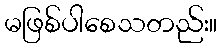
မဖြစ်ပါစေသတည်း။